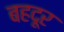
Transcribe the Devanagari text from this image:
बहदूर